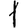
Digit: 1